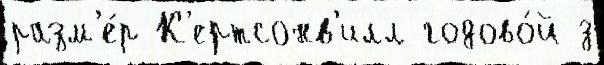
разм'е́р К'ертсонв'илл годово́й з